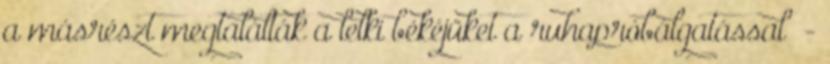
a másrészt megtalálták a lelki békéjüket a ruhapróbálgatással” -